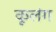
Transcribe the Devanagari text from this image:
कूलंग